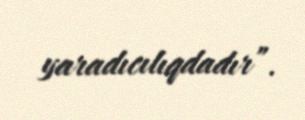
yaradıcılıqdadır”.